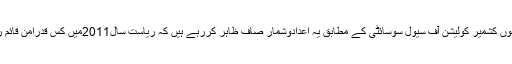
جموں کشمیر کولیشن آف سیول سوسائٹی کے مطابق یہ اعدادوشمار صاف ظاہر کررہے ہیں کہ ریاست سال2011میں کس قدرامن قائم رہا۔